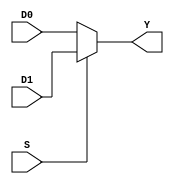
//Universidad del Valle de Guatemala
//Digital 1
//Laboratorio 05
//Rodrigo Jos Garca Ambrosy. Carnet: 19085

//IMPLEMENTO DEL MODULO MUX2:1 UTILIZADO EL OPERADOR TERNARIO
module Mux2x1(input wire  D0, D1, 
              input wire      S,
              output wire  Y);
    
    assign Y = S ? D1 : D0;

endmodule //CIERRO MODULO

//IMPLEMENTACIN DE MUX4:1 CON MUX2:1
module Mux4x1(input wire   D0, D1, D2, D3,
              input wire   S0, S1,
              output wire  Y);

    wire  low, hig;

    Mux2x1 lowmux(D0, D1, S0, low);
    Mux2x1 higmux(D2, D3, S0, hig);
    Mux2x1 outmux(low, hig, S1, Y);

endmodule //CIERRO MODULO


//IMPLEMENTACIN DE MUX8:1 CON MUX4:1
module Mux8x1(input wire  D0, D1, D2, D3, D4, D5, D6, D7,
              input wire  S0, S1, S2, 
              output wire  Y);

        wire  SA, SB;
    
    Mux4x1 Tig1(D0, D1, D2, D3, S0, S1, SA);
    Mux4x1 Tig2(D4, D5, D6, D7, S0, S1, SB); 
    Mux2x1 Tig3(SA, SB, S2, Y);
    

endmodule //CIERRO MODULO


//IMPLEMENTO TABLA1 DEL MUX2:1
    module M2x1Tabla01( input wire  A, B, C,
                        output wire Y);

        wire O1, O2; //Van en el Mux
        wire R1, R2;

        //compuertas
            xor  (R1, B, C);
            xnor (R2, B, C);

        assign O1 = R1;
        assign O2 = R2;

        Mux2x1  M2a11(O1, O2, A, Y);

    endmodule 


//IMPLEMENTO TABLA1 DEL MUX4:1
    module M4x1Tabla01( input wire C,
                        input wire S, S1,
                        output wire Y);
        wire N1, N2; //Va al mux
        wire No1;

        //compuertas
            not (No1, C);

        assign N1 = No1;
        assign N2 = No1;
    

        Mux4x1 M4a11(C, N1, N2, C, S, S1, Y);  
        

    endmodule


//IMPLEMENTO TABLA1 DEL MUX8:1
    module M8x1Tabla01(input wire A, B, C,
                        output wire Y);
        wire V, G;

        assign V = 1;
        assign G = 0;
       

    Mux8x1 M8a11(G, V, V, G, V, G, G, V, C, B, A, Y);

    endmodule


//IMPLEMENTO TABLA 2 DEL MUX2:1
  module M2x1Tabla02( input wire  A, B, C, 
                      output wire Y);
            wire O1, O2;
            wire Not1, Not2, R3;
        //compuertas
            not (Not1, B);
            not (Not2, C);
            xnor (R3, B, Not2);

        assign O1 = Not1;
        assign O2 = R3;

        Mux2x1  M2a12(O1, O2, A, Y);

    endmodule 


//IMPLEMENTO TABLA2 DEL MUX4:1
   module M4x1Tabla02(input wire A, B, C, 
                      output wire Y);
        wire N1;
        wire V, G;
    //compuertas
        not (N1, C);
  


        assign V = 1;
        assign G = 0;

        Mux4x1 M4a12(V, G, V, N1, B, A, Y);

   endmodule


//IMPLEMENTO TABLA2 DEL MUX8:1
    module M8x1Tabla02(input wire A, B, C,
                       output wire Y);
        wire V, G;

        assign V = 1;
        assign G = 0;

    Mux8x1 M8a12(V, V, G, G, V, V, V, G, C, B, A, Y);

    endmodule